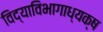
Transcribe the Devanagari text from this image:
विद्याविभागाध्यक्ष